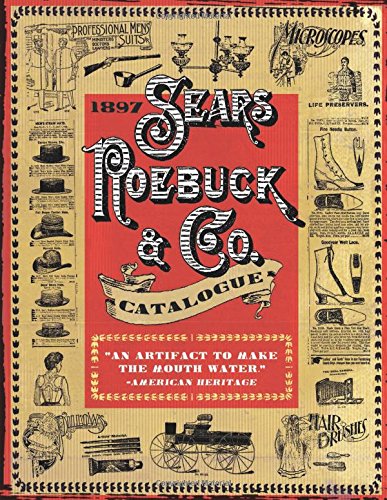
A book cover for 1897 Sears Roebuck & Co. Catalogue; Humor & Entertainment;